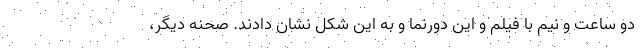
دو ساعت و نیم با فیلم و این دورنما و به این شکل نشان دادند. صحنه دیگر،